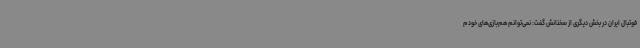
فوتبال ایران در بخش دیگری از سخنانش گفت: نمی‌توانم هم‌بازی‌های خودم